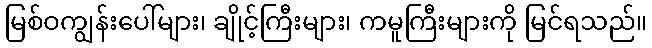
မြစ်ဝကျွန်းပေါ်များ၊ ချိုင့်ကြီးများ၊ ကမူကြီးများကို မြင်ရသည်။